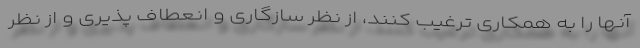
آنها را به همکاری ترغیب کنند، از نظر سازگاری و انعطاف پذیری و از نظر